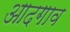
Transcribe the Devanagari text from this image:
आदगाव